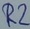
Text: R2